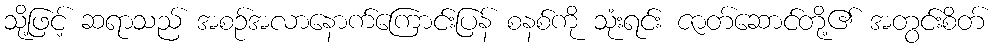
သို့ဖြင့် ဆရာသည် အစဉ်အလာနောက်ကြောင်းပြန် စနစ်ကို သုံးရင်း ဇာတ်ဆောင်တို့၏ အတွင်းစိတ်